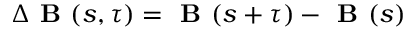
\Delta \textbf { B } ( s , \tau ) = \textbf { B } ( s + \tau ) - \textbf { B } ( s )